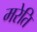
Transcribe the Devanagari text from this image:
मरेति